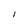
Character: I